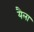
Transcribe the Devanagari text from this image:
यैला